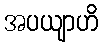
အပယျာဟိ